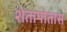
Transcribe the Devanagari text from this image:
शेतापोतास